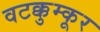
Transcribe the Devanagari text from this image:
वटक्कुम्कूर